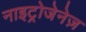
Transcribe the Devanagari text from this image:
नाइट्रोजेनेज़